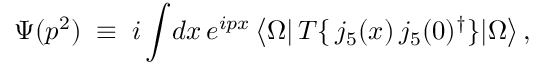
\Psi ( p ^ { 2 } ) \; \equiv \; i \int \! d x \, e ^ { i p x } \, \big < \Omega \vert \, T \{ \, j _ { 5 } ( x ) \, j _ { 5 } ( 0 ) ^ { \dagger } \} \vert \Omega \big > \, ,